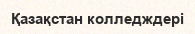
Қазақстан колледждері